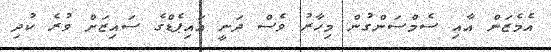
އެމެޒަން އާއި ސެމްސަންގުން މިހާރު ވެސް ދަނީ އައިޕެޑްގެ ސައިޒަށް ވުރެ ކުދި